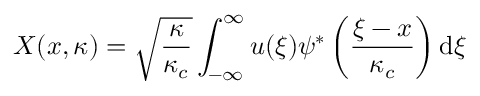
X ( x , \kappa ) = \sqrt { \frac { \kappa } { \kappa _ { c } } } \int _ { - \infty } ^ { \infty } u ( \xi ) \psi ^ { * } \left( \frac { \xi - x } { \kappa _ { c } } \right) \mathrm { d } \xi